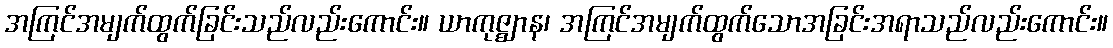
အကြင်အမျက်ထွက်ခြင်းသည်လည်းကောင်း။ ယာကုဇ္ဈာန၊ အကြင်အမျက်ထွက်သောအခြင်းအရာသည်လည်းကောင်း။